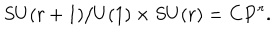
LaTeX: S U ( r + 1 ) / U ( 1 ) \times S U ( r ) = \mathbf { C P } ^ { r } .